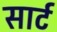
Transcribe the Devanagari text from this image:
सार्ट